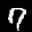
Label: 7